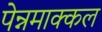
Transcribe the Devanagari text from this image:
पेन्नमाक्कल